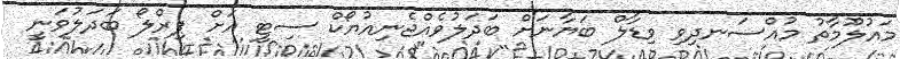
މައުލޫމާތު މުއްސަނދިވި ވިޑާލް ބަޔާނަށް ބަދަލުވެއްޖެނިއުޔޯކް ސިޓީ އަށް ޕިރްލޯ ބަދަލުވަނީ